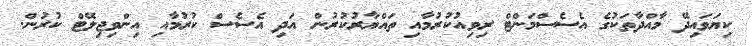
ކިޔަވައިދޭ މާއްދާތަކުގެ އެސެސްމަންޓް ރިވިއުކުރުމާއި ތައްޔާރުކުރުން އަދި އެސެސް ކުރުމާއި އިންވިޖިލޭޓް ކުރުން.